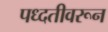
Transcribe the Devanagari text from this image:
पध्दतीवरून